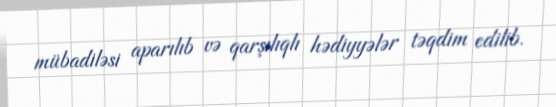
mübadiləsi aparılıb və qarşılıqlı hədiyyələr təqdim edilib.